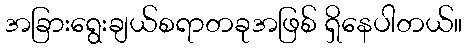
အခြားရွေးချယ်စရာတခုအဖြစ် ရှိနေပါတယ်။